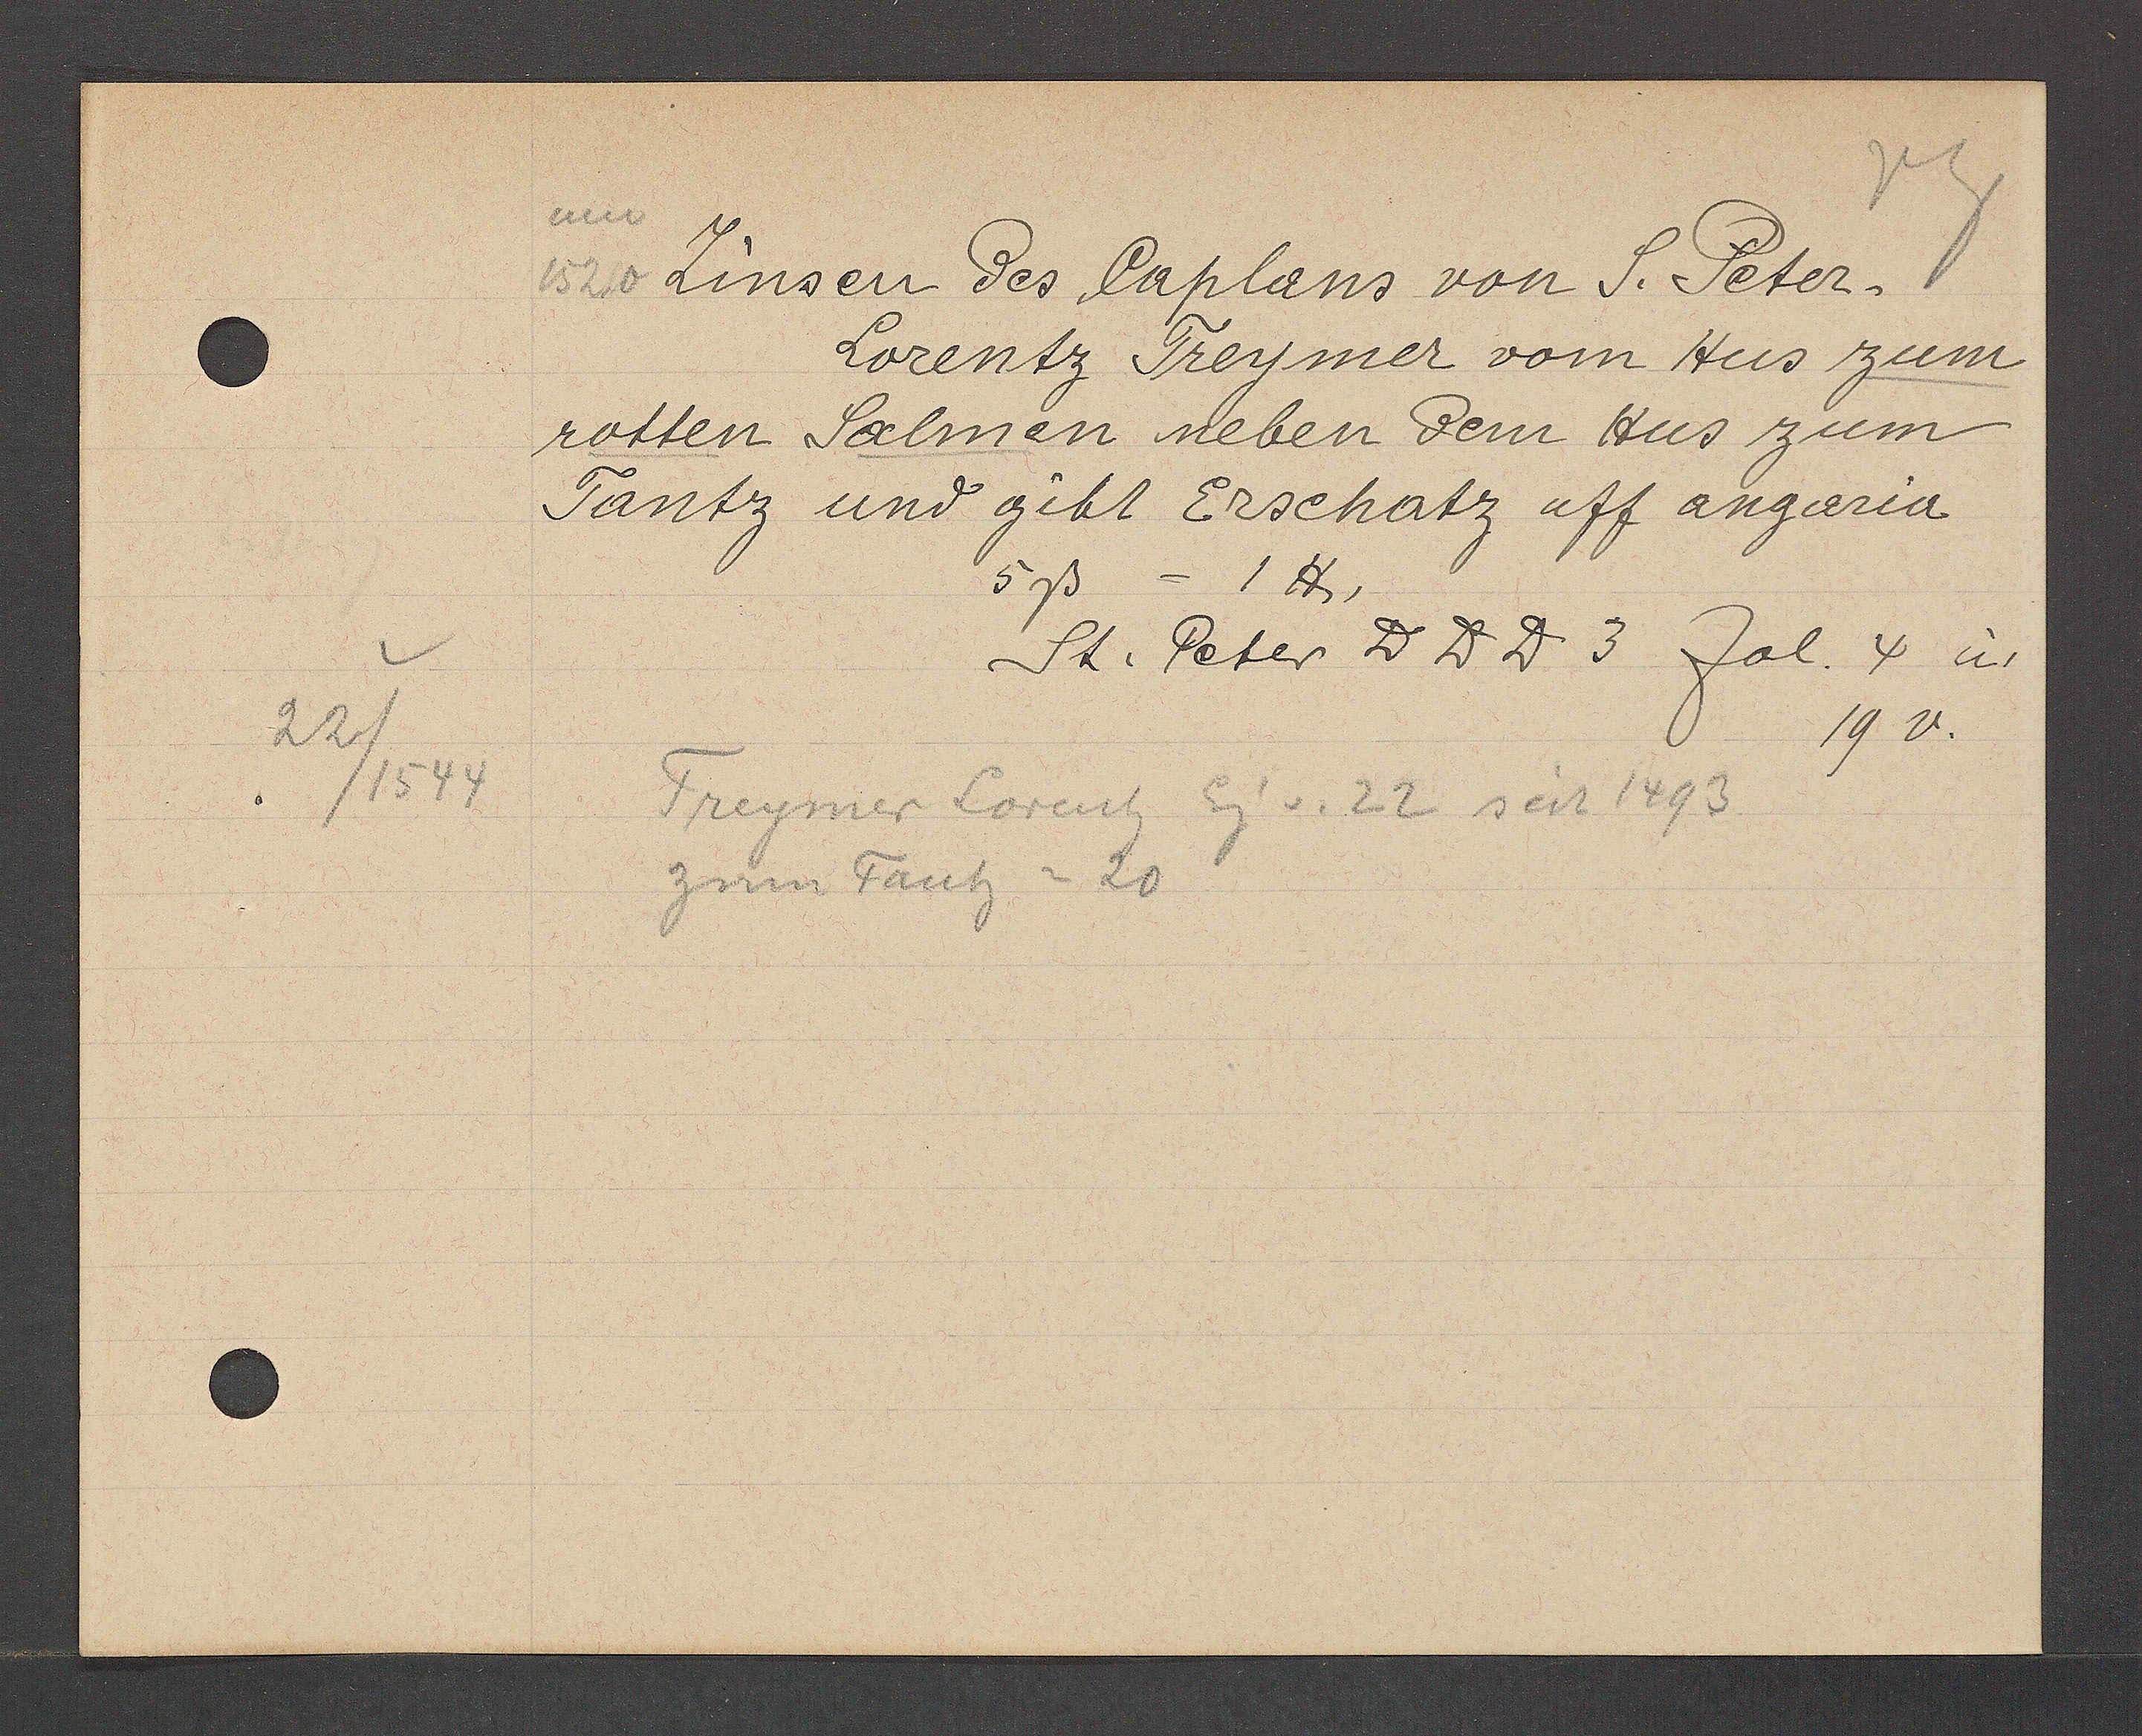
Transcript:
.22/1544

ano
152,0 Zinsen des Caplans von S. Peter.
Lorentz Treymer vom Hus zum
rotten Salmen neben dem Hus zum
Tantz und gibt Erschatz uff angaria
5ß = 1 ℔,
St. Peter D D D 3 fol. 4 u.
19 v.
Treymer Lorentz Eg. v. 22 seit 1493.
zum Tantz = 20